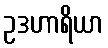
ဥဒဟာရိယာ